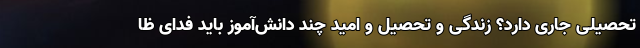
تحصیلی جاری دارد؟ زندگی و تحصیل و امید چند دانش‌آموز باید فدای ظا